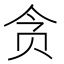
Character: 贪